Annual statistical returns and brief notes on vaccination in Bengal - 1896-1909
Year: 1896
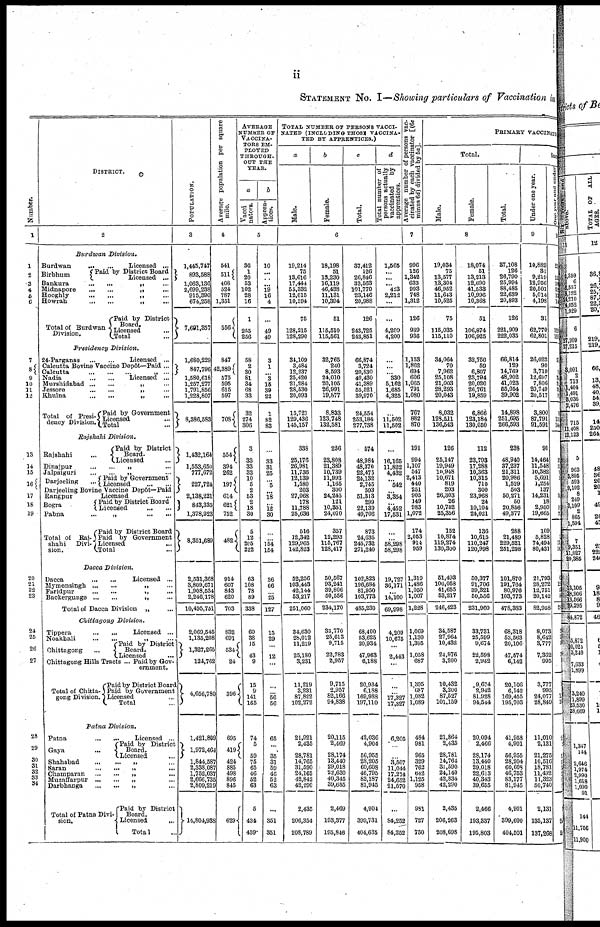
ii
STATEMENT No. I—Showing particulars of Vaccination in
Number.
1
1
2
3
4
5
6
7
8
9
10
11
12
13
14
15
16
17
18
19
20
21
22
23
24
25
26
27
28
29
30
31
32
33
34
DISTRICT.
2
Burdwan
Division.
Burdwan
...
...
Licensed ...
Birbhum
Paid by District Board
Licensed ...
Bankura
...
...
„ ...
Midnapore
...
...
„
...
Hooghly
...
...
„
...
Howrah
...
...
„ ...
Total of Burdwan
Division.
Paid by District
Board.
Licensed ...
Total ...
Presidency
Division.
24-Parganas
...
...
Licensed ...
Calcutta Bovine Vaccine Depôt—Paid ...
Calcutta
...
...
...
„
...
Nadia
...
...
Licensed ...
Murshidabad
...
...
„
...
Jessore
...
...
„ ...
Khulna
...
...
„ ...
Total of Presi-
dency Division.
Paid by Government
Licensed ...
Total ...
Rajshahi Division.
Rajshahi ...
(Paid by District
Board.
Licensed ...
Dinajpur
...
...
„
...
Jalpaiguri ... ... „ ...
Darjeeling ...
Paid by Government
Licensed
...
...
Darjeeling Bovine Vaccine Depôt—Paid
Rangpur
Licensed
...
...
Bogra
Paid by District Board
Licensed
...
...
Pabna
...
„
...
...
Total of Raj-
shahi
Divi-
sion.
Paid by District Board
Paid by Government
Licensed
...
Total ...
Dacca
Division.
Dacca
...
...
Licensed ...
Mymensingh
...
...
„
...
Faridpur ... ... „ ...
Backergunge
...
...
„ ...
Total of Dacca Division
„ ...
Chittagong
Division.
Tippera
...
...
Licensed ...
Noakhali ... ... „ ...
Chittagong ...
Paid by District
Board.
Licensed ...
Chittagong Hills Tracts ... Paid by Gov-
ernment.
Total of Chitta-
gong Division.
Paid by District Board
Paid by Government
Licensed
...
Total ...
Patna
Division.
Patna
...
...
Licensed ...
Gaya ...
Paid by District
Board.
Licensed ...
Shahabad ... ... „ ...
Saran
...
...
„
..
Champaran ... ... „ ...
Muzaffarpur ... ... „ ...
Darbhanga ... ... „ ...
Total of Patna Divi-
sion.
Paid by District
Board.
Licensed
...
Total ...
POPULATION.
3
1,445,747
893,588
1,063,136
2,699,238
915,390
674,258
7,691,357
1,680,229
847,796
1,580,618
1,257,277
1,791,856
1,228,807
8,386,583
1,432,164
1,553,650
777,672
227,724
2,138,221
843,335
1,378,923
8,351,689
2,531,368
3,809,671
1,908,534
2,246,178
10,495,751
2,069,545
1,135,208
1,327,265
124,762
4,656,780
1,421,809
1,972,464
1,844,587
2,338,087
1,752,037
2,666,735
2,809,219
14,804,938
Average population per square
mile.
4
541
511
408
524
787
1,351
556
847
42,389
575
595
615
597
708
554
394
262
197
614
621
752
482
914
607
843
620
703
832
691
534
24
396
695
419
424
885
498
896
845
629
AVERAGE
NUMBER OF
VACCINA-
---- EM-
PLOYED
THROUGH-
OUT THE
YEAR.
a
Vacci-
nators.
b
Appren-
tices.
5
36
1
20
53
102
28
16
1
255
256
58
2
30
81
34
68
33
32
274
306
3
33
33
33
10
5
2
53
2
18
30
5
12
205
222
63
108
78
89
338
60
38
15
43
9
15
9
141
165
74
5
59
75
65
46
52
63
5
434
439
10
...
...
...
19
16
4
...
49
49
3
1
...
3
15
39
22
1
82
83
...
33
31
25
...
5
...
18
... 12
30
...
... 154
154
36
66
... 25
127
15
29
...
12
...
...
... 56
56
65
...
35
31
59
46
52
63
...
351
351
TOTAL NUMBER OF PERSONS VACCI-
----- (INCLUDING THOSE VACCINA-
TED BY APPRENTICES.)
a
Male.
b
Female.
c
Total.
d
Total number of
persons actually
vaccinated by
apprentices.
6
19,214
75
13,616
17,444
55,332
12,015
10,594
75
128,215
128,290
34,109
3,484
12,237
25,420
21,284
28,530
20,093
15,721
129,436
145,157
338
25,176
26,981
11,736
12,139
1,580
203
27,068
178
11,788
25,636
516
12,342
129,965
142,823
52,256
103,443
42,144
53,217
251,060
34,630
28,012
11,219
25,180
3,231
11,219
3,231
87,822
102,272
21,921
2,435
28,781
14,765
31,590
24,165
42,842
42,290
2,435
206,354
208,789
18,198
51
13,230
16,119
46,438
11,131
10,394
51
115,510
115,561
32,765
240
8,593
24,010
20,105
26,991
19,877
8,833
123,748
132,581
236
23,808
21,389
10,739
11,993
1,165
300
24,245
121
10,351
24,070
357
12,293
115,767
128,417
50,567
93,241
39,806
50,556
234,170
33,770
25,613
9,715
22,783
2,957
9,715
2,957
82,166
94,838
20,115
2,469
28,174
13,440
29,018
22,630
40,345
39,655
2,469
193,377
195,846
37,412
126
26,846
33,563
101,770
23,146
20,988
126
243,725
243,851
66,874
3,724
20,830
49,430
41,389
55,521
39,970
24,554
253,184
277,738
574
48,984
48,370
22,475
24,132
2,745
503
51,313
299
22,139
49,706
873
24,635
245,732
271,240
102,823
196,684
81,950
103,773
485,230
68,400
53,625
20,934
47,963
6,188
20,934
6,188
169,988
197,110
42,036
4,904
56,955
28,205
60,608
46,795
83,187
81,945
4,904
399,731
404,635
1,565
...
...
... 423
2,212
...
...
4,200
4,200
...
...
...
330
5,162
1,685
4,325
...
11,502
11,502
...
16,165
11,822
4,432
...
542
...
3,354
... 4,452
17,531
...
... 58,298
58,298
19,727
36,171
...
14,100
69,998
4,209
10,675
...
2,443
...
...
... 17,327
17,327
6,205
...
... 3,507
11,044
17,274
24,652
21,570
...
84,252
84,252
Average number of persons vac-
cinated by each vaccinator [(6c
minus 6d) divided by 5a].
7
996
126
1,342
633
993
748
1,312
126
939
936
1,153
1,862
694
606
1,065
791
1,080
767
882
870
191
994
1,107
547
2,413
440
251
905
149
983
1,072
174
2,053
914
959
1,319
1,486
1,050
1,007
1,228
1,069
1,130
1,395
1,058
687
1,395
687
1,082
1,089
484
981
965
329
762
642
1,125
958
981
727
730
PRIMARY VACCINATION
Total.
Male.
Female.
Total.
8
19,034
75
13,577
13,304
46,952
11,643
10,525
75
115,035
115,110
34,064
70
7,962
25,108
21,003
28,293
20,043
8,032
128,511
136,543
126
25,147
19,949
10,948
10,671
819
203
26,303
26
10,752
25,356
152
10,874
119,274
130,300
51,493
100,058
41,655
53,217
246,423
34,587
27,964
10,432
24,976
3,200
10,432
3,200
87,527
101,159
21,864
2,435
28,781
14,764
31,590
24,140
42,834
42,290
2,435
206,263
208,698
18,074
51
13,213
12,690
41,533
10,996
10,368
51
106,874
106,925
32,750
59
6,807
23,794
20,020
26,761
19,859
6,866
123,184
130,050
112
23,793
17,288
10,363
10,315
710
300
23,968
24
10,104
24,021
136
10,615
110,247
120,998
50,377
91,706
39,321
50,556
231,960
33,731
25,599
9,674
22,598
2,942
9,674
2,942
81,928
94,544
20,094
2,466
28,174
13,440
29,018
22,613
40,343
39,655
2,466
193,337
195,803
37,108
126
26,790
25,994
88,485
22,639
20,893
126
221,909
222,035
66,814
129
14,769
48,902
41,023
55,054
39,902
14,898
251,695
266,593
238
48,940
37,237
21,311
20,986
1,529
503
50,271
50
20,856
49,377
288
21,489
229,521
251,298
101,870
191,764
80,976
103,773
478,383
68,318
53,563
20,106
47,574
6,142
20,106
6,142
169,455
195,703
41,958
4,901
56,955
28,204
60,608
40,753
83,177
81,945
4,901
399,600
404,501
Suc
Under one year.
9
10,882
31
9,219
12,956
20,501
5,014
4,198
31
62,770
62,801
26,022
90
3,710
12,697
7,806
20,749
20,517
3,800
87,791
91,591
91
14,464
11,548
10,382
5,691
1,254
137
14,231
18
2,950
19,665
109
5,828
74,494
80,431
21,793
28,272
12,751
20,142
82,958
8,073
8,642
3,777
7,362
995
3,777
995
24,077
28,849
11,010
2,131
21,275
10,516
18,781
11,492
11,323
50,740
2,131
135,137
137,268
One year and under
10
23
15
10 52
13
14
129
129
37
2
31 31
32 13
9
151
160
3
2
3
5
30
18
2
5
13
12
3
12
5 4
23
5
2
1
3
1
1
3
13 13
2
1
8 1
9 9
7
3
2
2